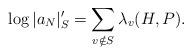
LaTeX: \begin{align*}\log |a_N|_S' = \sum_{v\notin S} \lambda_v(H, P).\end{align*}